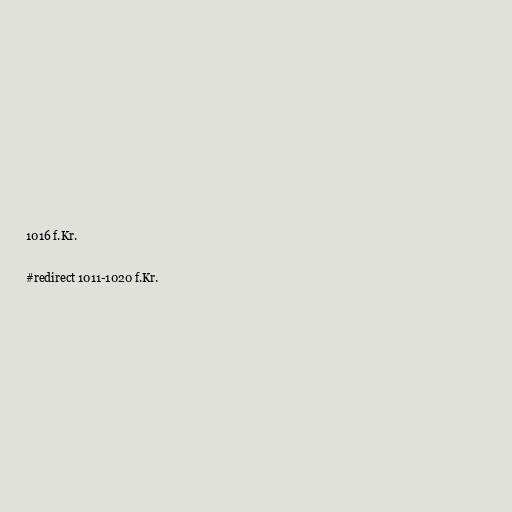
1016 f.Kr.

#redirect 1011-1020 f.Kr.